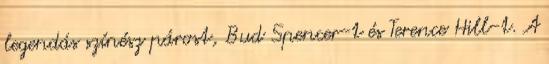
legendás színész párost, Bud Spencer-t és Terence Hill-t. A